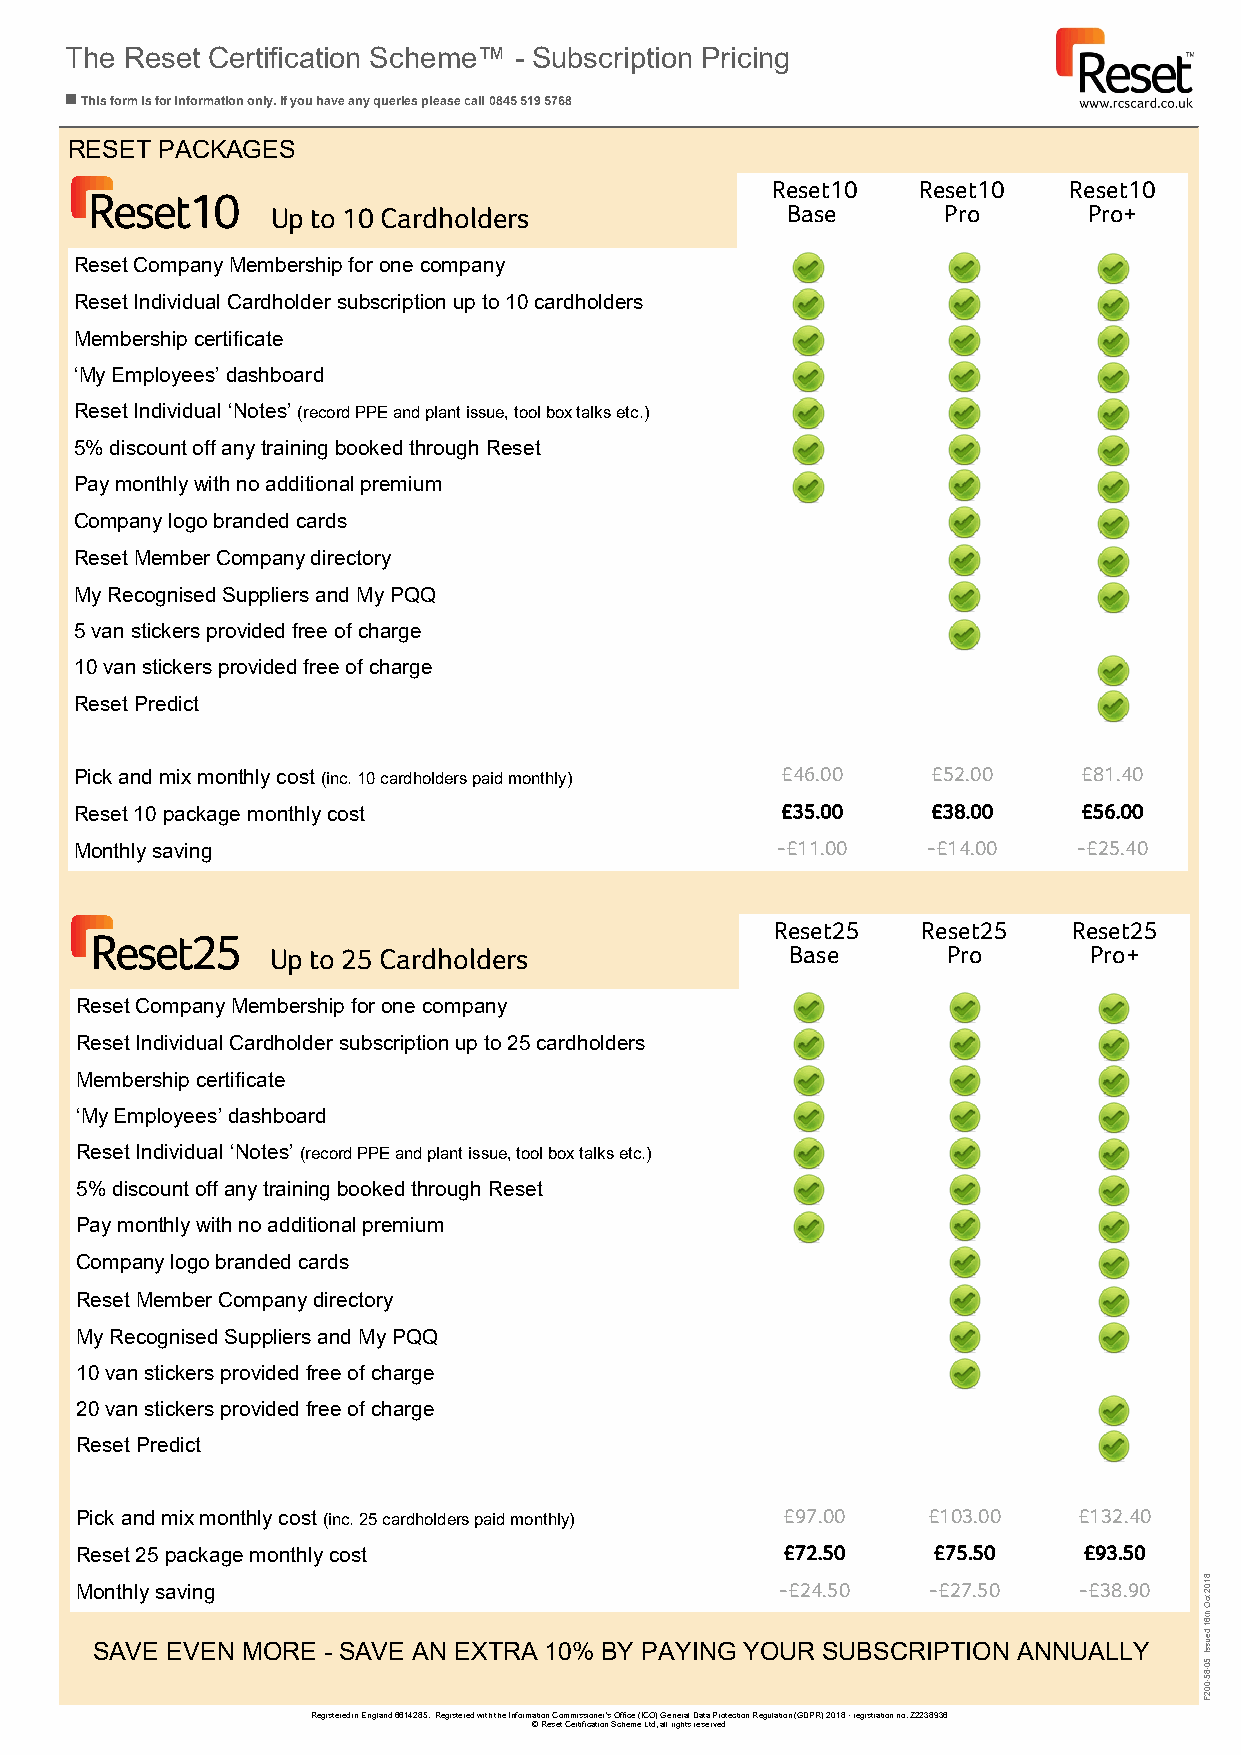
The Reset Certification Scheme™ - Subscription Pricing
 ◼ This form is for information only. If you have any queries please call 0845 519 5768
 RESET PACKAGES
 Reset10   Reset10   Reset10
 Reset10
 Up to 10 Cardholders              Base      Pro       Pro+
 Reset Company Membership for one company
 Reset Individual Cardholder subscription up to 10 cardholders
 Membership certificate
 ‘My Employees’ dashboard
 Reset Individual ‘Notes’ (record PPE and plant issue, tool box talks etc.)
 5% discount off any training booked through Reset
 Pay monthly with no additional premium
 Company logo branded cards
 Reset Member Company directory
 My Recognised Suppliers and My PQQ
 5 van stickers provided free of charge
 10 van stickers provided free of charge
 Reset Predict
 Pick and mix monthly cost (inc. 10 cardholders paid monthly) £46.00 £52.00 £81.40
 Reset 10 package monthly cost                  £35.00    £38.00    £56.00
 Monthly saving                                -£11.00   -£14.00   -£25.40
 Reset25   Reset25   Reset25
 Reset25
 Up to 25 Cardholders              Base       Pro      Pro+
 Reset Company Membership for one company
 Reset Individual Cardholder subscription up to 25 cardholders
 Membership certificate
 ‘My Employees’ dashboard
 Reset Individual ‘Notes’ (record PPE and plant issue, tool box talks etc.)
 5% discount off any training booked through Reset
 Pay monthly with no additional premium
 Company logo branded cards
 Reset Member Company directory
 My Recognised Suppliers and My PQQ
 10 van stickers provided free of charge
 20 van stickers provided free of charge
 Reset Predict
 Pick and mix monthly cost (inc. 25 cardholders paid monthly) £97.00 £103.00 £132.40
 Reset 25 package monthly cost                  £72.50    £75.50    £93.50
 Monthly saving                                 -£24.50  -£27.50   -£38.90
 8102
 tcO
 SAVE EVEN MORE - SAVE AN EXTRA 10% BY PAYING YOUR SUBSCRIPTION ANNUALLY
 ht61
 deuss
 0I
 0
 285 F50 --
 Registered in England 6614285. Registered with the Information Commissioner’s Office (ICO) General Data Prot ection Regulation (GDPR) 2018 - registration no. Z2238936
 © Reset Certification Scheme Ltd, all rights reserved